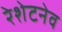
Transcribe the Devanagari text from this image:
रेशेटनेव